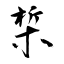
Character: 椞